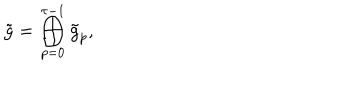
\tilde { g } = \bigoplus _ { p = 0 } ^ { \tau - 1 } \tilde { g } _ { p } ,